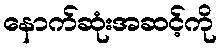
နောက်ဆုံးအဆင့်ကို